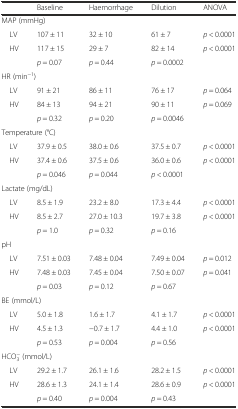
<table><thead><tr><td></td><td><b>Baseline</b></td><td><b>Haemorrhage</b></td><td><b>Dilution</b></td><td><b>ANOVA</b></td></tr></thead><tbody><tr><td colspan="5">MAP (mmHg)</td></tr><tr><td> LV</td><td>107 ± 11</td><td>32 ± 10</td><td>61 ± 7</td><td><i>p</i> &lt; 0.0001</td></tr><tr><td> HV</td><td>117 ± 15</td><td>29 ± 7</td><td>82 ± 14</td><td><i>p</i> &lt; 0.0001</td></tr><tr><td></td><td><i>p</i> = 0.07</td><td><i>p</i> = 0.44</td><td><i>p</i> = 0.0002</td><td></td></tr><tr><td colspan="5">HR (min<sup>−1</sup>)</td></tr><tr><td> LV</td><td>91 ± 21</td><td>86 ± 11</td><td>76 ± 17</td><td><i>p</i> = 0.064</td></tr><tr><td> HV</td><td>84 ± 13</td><td>94 ± 21</td><td>90 ± 11</td><td><i>p</i> = 0.069</td></tr><tr><td></td><td><i>p</i> = 0.32</td><td><i>p</i> = 0.20</td><td><i>p</i> = 0.0046</td><td></td></tr><tr><td colspan="5">Temperature (°C)</td></tr><tr><td> LV</td><td>37.9 ± 0.5</td><td>38.0 ± 0.6</td><td>37.5 ± 0.7</td><td><i>p</i> &lt; 0.0001</td></tr><tr><td> HV</td><td>37.4 ± 0.6</td><td>37.5 ± 0.6</td><td>36.0 ± 0.6</td><td><i>p</i> &lt; 0.0001</td></tr><tr><td></td><td><i>p</i> = 0.046</td><td><i>p</i> = 0.044</td><td><i>p</i> &lt; 0.0001</td><td></td></tr><tr><td colspan="5">Lactate (mg/dL)</td></tr><tr><td> LV</td><td>8.5 ± 1.9</td><td>23.2 ± 8.0</td><td>17.3 ± 4.4</td><td><i>p</i> &lt; 0.0001</td></tr><tr><td> HV</td><td>8.5 ± 2.7</td><td>27.0 ± 10.3</td><td>19.7 ± 3.8</td><td><i>p</i> &lt; 0.0001</td></tr><tr><td></td><td><i>p</i> = 1.0</td><td><i>p</i> = 0.32</td><td><i>p</i> = 0.16</td><td></td></tr><tr><td colspan="5">pH</td></tr><tr><td> LV</td><td>7.51 ± 0.03</td><td>7.48 ± 0.04</td><td>7.49 ± 0.04</td><td><i>p</i> = 0.012</td></tr><tr><td> HV</td><td>7.48 ± 0.03</td><td>7.45 ± 0.04</td><td>7.50 ± 0.07</td><td><i>p</i> = 0.041</td></tr><tr><td></td><td><i>p</i> = 0.03</td><td><i>p</i> = 0.12</td><td><i>p</i> = 0.67</td><td></td></tr><tr><td colspan="5">BE (mmol/L)</td></tr><tr><td> LV</td><td>5.0 ± 1.8</td><td>1.6 ± 1.7</td><td>4.1 ± 1.7</td><td><i>p</i> &lt; 0.0001</td></tr><tr><td> HV</td><td>4.5 ± 1.3</td><td>−0.7 ± 1.7</td><td>4.4 ± 1.0</td><td><i>p</i> &lt; 0.0001</td></tr><tr><td></td><td><i>p</i> = 0.53</td><td><i>p</i> = 0.004</td><td><i>p</i> = 0.56</td><td></td></tr><tr><td colspan="5">HCO<sub>3</sub><sup>−</sup> (mmol/L)</td></tr><tr><td> LV</td><td>29.2 ± 1.7</td><td>26.1 ± 1.6</td><td>28.2 ± 1.5</td><td><i>p</i> &lt; 0.0001</td></tr><tr><td> HV</td><td>28.6 ± 1.3</td><td>24.1 ± 1.4</td><td>28.6 ± 0.9</td><td><i>p</i> &lt; 0.0001</td></tr><tr><td></td><td><i>p</i> = 0.40</td><td><i>p</i> = 0.004</td><td><i>p</i> = 0.43</td><td></td></tr></tbody></table>